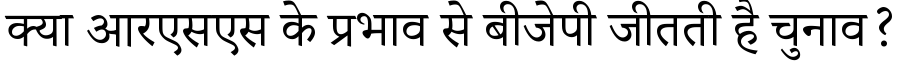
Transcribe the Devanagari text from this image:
क्या आरएसएस के प्रभाव से बीजेपी जीतती है चुनाव?